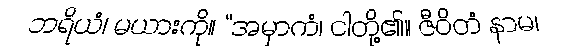
ဘရိယံ၊ မယားကို။ “အမှာကံ၊ ငါတို့၏။ ဇီဝိတံ နာမ၊